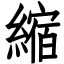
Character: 縮